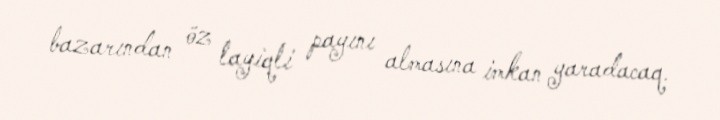
bazarından öz layiqli payını almasına imkan yaradacaq.